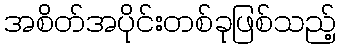
အစိတ်အပိုင်းတစ်ခုဖြစ်သည့်